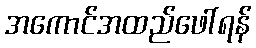
အကောင်အထည်ဖေါ်ရန်